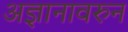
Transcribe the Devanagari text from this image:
अज्ञानावरुन